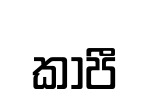
කාපී